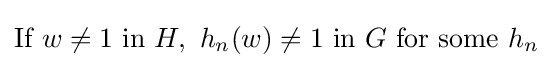
{\text{If}}\ w\neq 1\ {\text{in}}\ H,\ h_{n}(w)\neq 1\ {\text{in}}\ G\ {\text{for some}}\ h_{n}